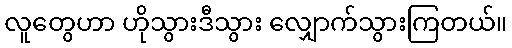
လူတွေဟာ ဟိုသွားဒီသွား လျှောက်သွားကြတယ်။